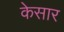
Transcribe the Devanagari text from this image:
केसार